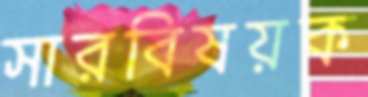
সারবিষয়ক